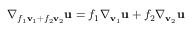
\nabla _ { f _ { 1 } \mathbf { v } _ { 1 } + f _ { 2 } \mathbf { v } _ { 2 } } \mathbf { u } = f _ { 1 } \nabla _ { \mathbf { v } _ { 1 } } \mathbf { u } + f _ { 2 } \nabla _ { \mathbf { v } _ { 2 } } \mathbf { u }